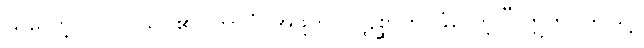
ယူလော့။ တဝ၊ သင်၏။ ဘာဂံ၊ အဖို့ကို။ ပဋိစ္ဆာဟိ၊ ခံလော့။” ဣတိ၊ ဤသို့။